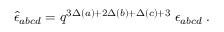
\hat { \epsilon } _ { a b c d } = q ^ { 3 \Delta ( a ) + 2 \Delta ( b ) + \Delta ( c ) + 3 } \; \epsilon _ { a b c d } \; .